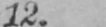
12.